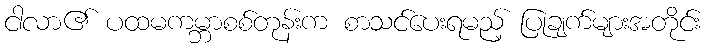
ငါလာ၏ ပထမကမ္ဘာစစ်တုန်းက စာသင်ပေးရမည့် ပြုချက်များအတိုင်း